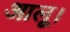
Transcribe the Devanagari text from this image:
आलू।